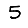
Digit: 5